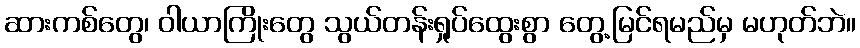
ဆားကစ်တွေ၊ ဝါယာကြိုးတွေ သွယ်တန်းရှုပ်ထွေးစွာ တွေ့မြင်ရမည်မှ မဟုတ်ဘဲ။